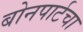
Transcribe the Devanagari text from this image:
बोनपार्टचा